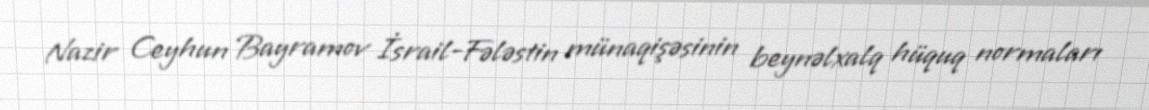
Nazir Ceyhun Bayramov İsrail-Fələstin münaqişəsinin beynəlxalq hüquq normaları